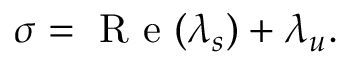
\sigma = \mathrm { ~ R ~ e ~ } ( \lambda _ { s } ) + \lambda _ { u } .